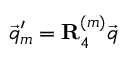
\vec { q } _ { m } ^ { \prime } = \mathbf { R } _ { 4 } ^ { ( m ) } \vec { q }